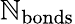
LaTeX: \mathbb{N}_{\mathrm{{bonds}}}